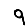
Digit: 9